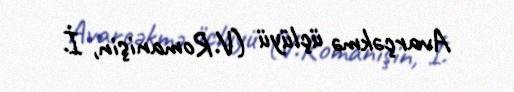
Avarçəkmə üçlüyü (V.Romanişin, İ.